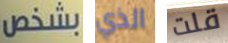
بشخص الذي قلت